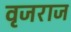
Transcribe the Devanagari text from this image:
वृजराज